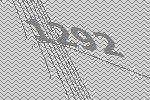
1292